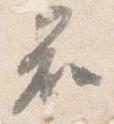
知